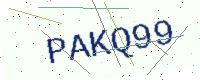
Text: PAKQ99